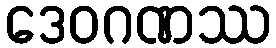
ဒေဝဂဏဿ